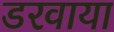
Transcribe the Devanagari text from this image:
डरवाया